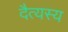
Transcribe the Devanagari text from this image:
दैत्यस्य